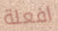
افعلة